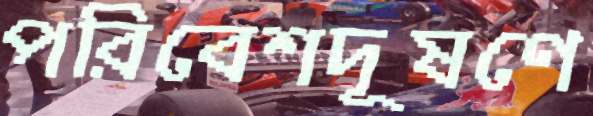
পরিবেশদূষণে